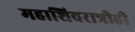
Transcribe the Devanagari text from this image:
महाशिवरात्रीही